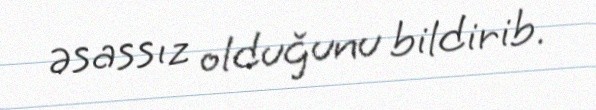
əsassız olduğunu bildirib.